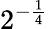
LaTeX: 2^{-{\frac{1}{4}}}